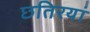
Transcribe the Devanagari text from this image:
छतिरयां